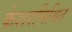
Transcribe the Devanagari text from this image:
केशरमिश्रित